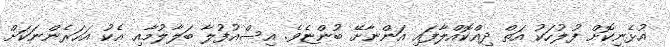
އުޅެނިކޮށް ފުލުހަކު އަތް ދިއްކޮއްލާފައި އަންނާށޭ ބުންޏެވެ. އިސްއުފުލާ ބަލާލުމާއި އެކު އަހަރެންނަކަށް